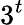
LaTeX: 3^{t}